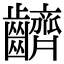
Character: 䶩